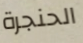
الحنجرة